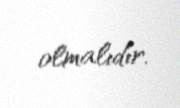
olmalıdır.